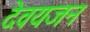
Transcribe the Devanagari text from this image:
देवयजन